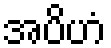
အပိဟံ